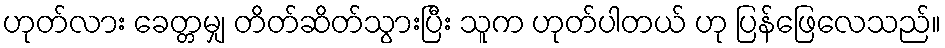
ဟုတ်လား ခေတ္တမျှ တိတ်ဆိတ်သွားပြီး သူက ဟုတ်ပါတယ် ဟု ပြန်ဖြေလေသည်။